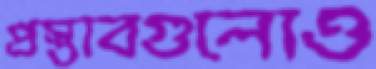
প্রস্তাবগুলোও